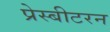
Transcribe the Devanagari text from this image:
प्रेस्बीटरन